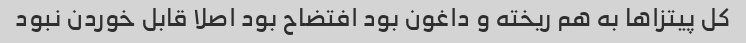
کل پیتزاها به هم ریخته و داغون بود افتضاح بود اصلا قابل خوردن نبود